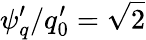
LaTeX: {\psi}_{q}^{\prime}/q_{0}^{\prime}=\sqrt{2}